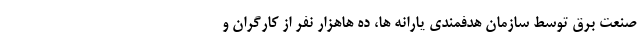
صنعت برق توسط سازمان هدفمندی یارانه ها، ده هاهزار نفر از کارگران و